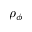
\rho _ { \phi }